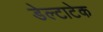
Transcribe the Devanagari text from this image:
डेल्टाटेक